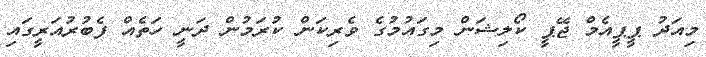
މިއަދު ޕީޕީއެމް ޖޭޕީ ކޯލިޝަން މިގައުމުގެ ވެރިކަން ކުރަމުން ދަނީ ހަތެއް ފެބުރުއަރީގައި